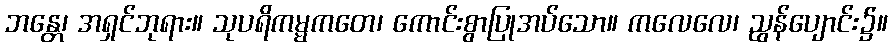
ဘန္တေ၊ အရှင်ဘုရား။ သုပရိကမ္မကတေ၊ ကောင်းစွာပြုအပ်သော။ ကလေလေ၊ ညွန်ပျောင်း၌။